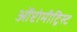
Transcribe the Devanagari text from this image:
ऑप्टोमीट्रिस्ट